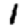
Digit: 1